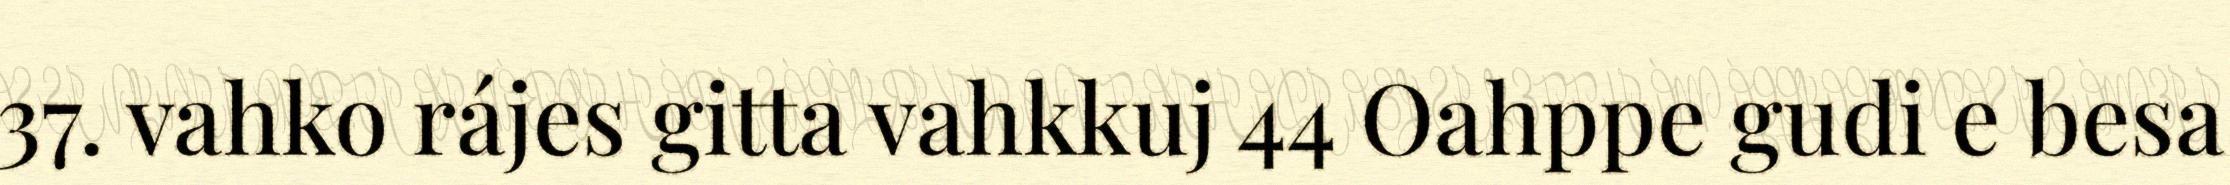
37. vahko rájes gitta vahkkuj 44 Oahppe gudi e besa